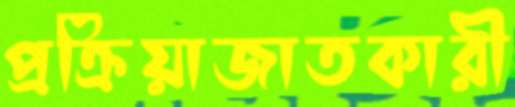
প্রক্রিয়াজাতকারী